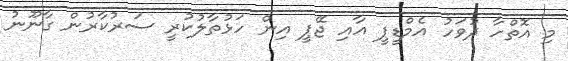
މި އޮތްހާ ދުވަހު އެމްޑީޕީ އާއި ޖޭޕީ އިން ހަޅުތާލުކުރީ ސަރުކާރުން ގާނޫނު